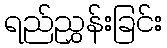
ရည်ညွှန်းခြင်း